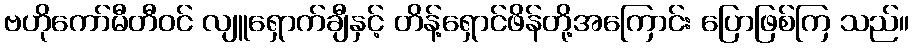
ဗဟိုကော်မီတီဝင် လျူရှောက်ချီနှင့် တိန့်ရှောင်ဖိန်တို့အကြောင်း ပြောဖြစ်ကြ သည်။